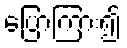
ပြောကြား၍